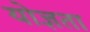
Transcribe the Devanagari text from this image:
योज्ञता